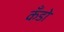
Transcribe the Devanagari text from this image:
कँडो